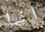
انا